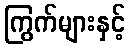
ကြွက်များနှင့်